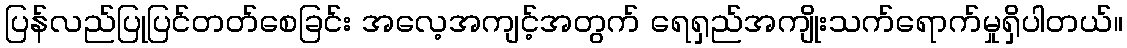
ပြန်လည်ပြုပြင်တတ်စေခြင်း အလေ့အကျင့်အတွက် ရေရှည်အကျိုးသက်ရောက်မှုရှိပါတယ်။